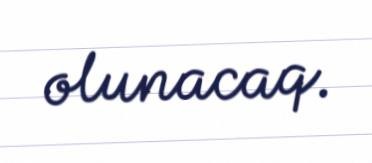
olunacaq.